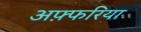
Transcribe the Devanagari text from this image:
अफ़्फरिया